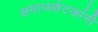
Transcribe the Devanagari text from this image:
समाजकंटकांनी